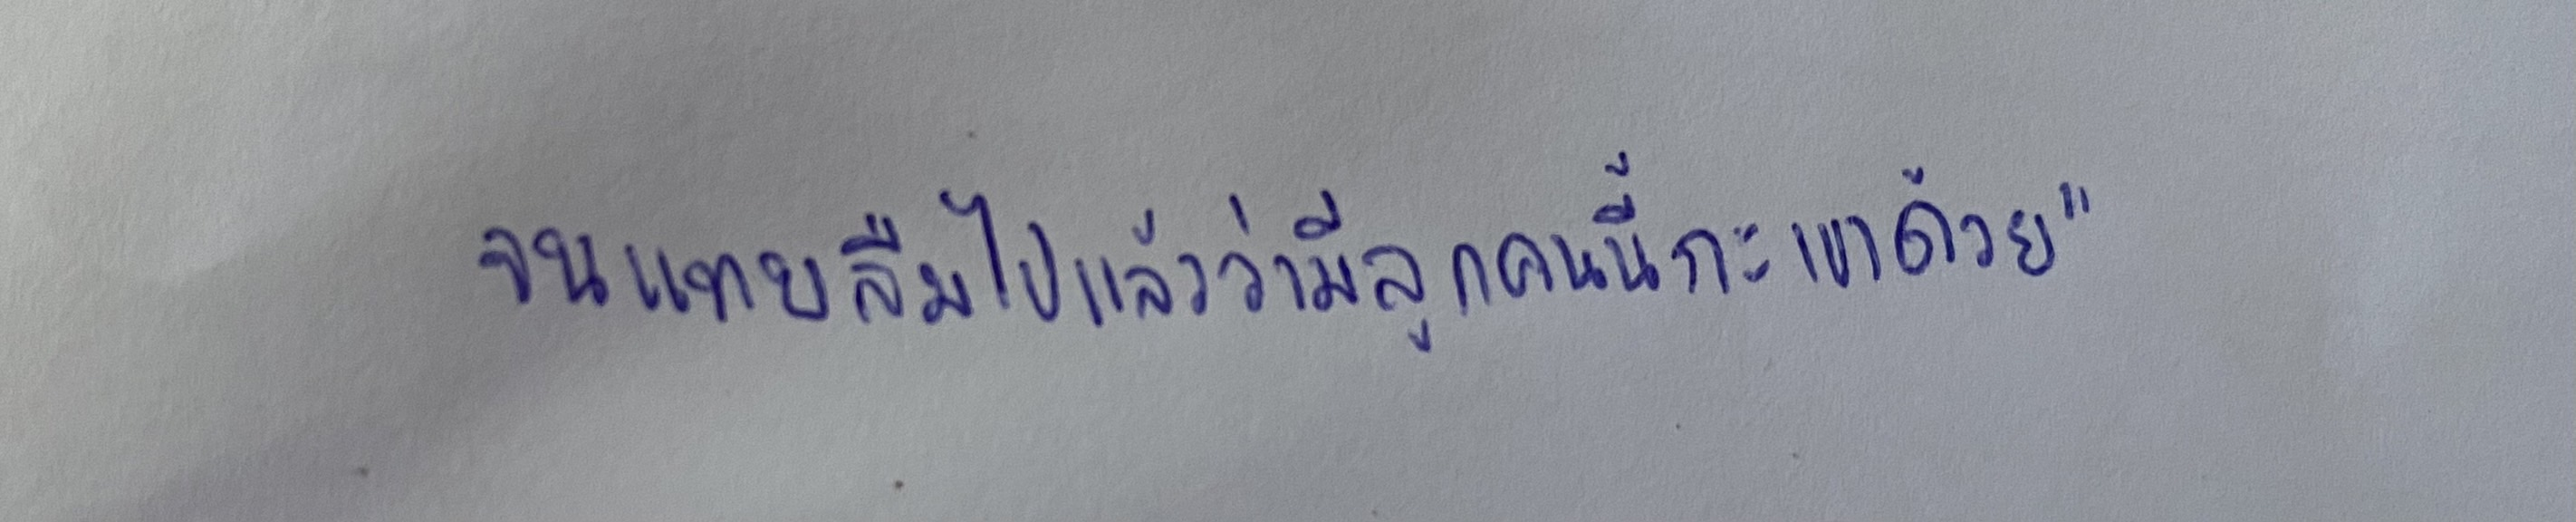
จนแทบลืมไปแล้วว่ามีลูกคนนี้กะเขาด้วย"